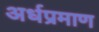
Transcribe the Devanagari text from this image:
अर्धप्रमाण